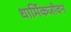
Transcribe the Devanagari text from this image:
धार्मिकजीवन